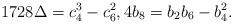
LaTeX: \begin{align*}1728 \Delta=c_4^3-c_6^2, 4b_8 = b_2 b_6 - b_4^2.\end{align*}